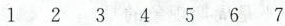
1 2 3 4 5 6 7